system: You are a helpful assistant.
user:
Analyze the provided spectrum to determine if it is a **M-type Giant (gM)**.

A M-type Giant spectrum is defined by its **strong molecular absorption** features, particularly from **Titanium Oxide (TiO)**. You must check for one of the following mutually exclusive signatures:

- **Key Visual Indicators (Absorption-Dominated Spectrum):**

    - **(Primary):** The spectrum is dominated by strong molecular absorption from **Titanium Oxide (TiO)**. This is the **defining feature** of its M-type temperature class.
        - **(Key Bandheads):** Look for sharp, "saw-tooth" absorption valleys. The strongest are located near **~7050 Å**, **~6160 Å**, and **~5170 Å**.
        - **(Line Profile):** The "saw-tooth" morphology is critical: a **sharp, steep drop on the BLUE (short-wavelength) side** of the bandhead, followed by a gradual recovery (rising flux) towards the RED (long-wavelength) side.

    - **(Key Confirmation - Giant vs. Dwarf):** **ABSENCE** of strong **Calcium Hydride (CaH)** molecular bands. This is the primary diagnostic for *excluding* M-dwarfs.
        - **(Key Region):** The spectrum should lack the strong, broad absorption band seen in dwarfs between **~6800 Å and ~7000 Å**.

    - **(Secondary Confirmation - Giant):** A very strong and broad **Neutral Calcium (Ca I)** atomic absorption line.
        - **(Key Line):** Located at **~4226 Å**. In a giant (gM), this line is significantly deeper and broader than the same line in an M-dwarf (dM) due to low surface gravity.

    - **(Overall Spectrum):**
        - The continuum is **extremely red-sloping** (i.e., flux is very low in the blue and rises dramatically towards the red).
        - The entire spectrum appears "chopped up" by the deep TiO bands.

Think first, call **spectral_visualization_tool** if needed to examine features in detail, then provide your final answer. Your response must adhere to the following strict rules:
1.  **Overall Structure:** Your response must follow the format `<think>...</think> <tool_call>...</tool_call> (if a tool is used) <answer>...</answer>`.
2.  **Tool Usage Constraint:** You may only make **one** tool call per turn.
3.  **Final Answer Format:** In the `<answer>` tag, your conclusion must be inside a `\boxed{}` command (e.g., `\boxed{YES}` or `\boxed{NO}`), followed by your justification.

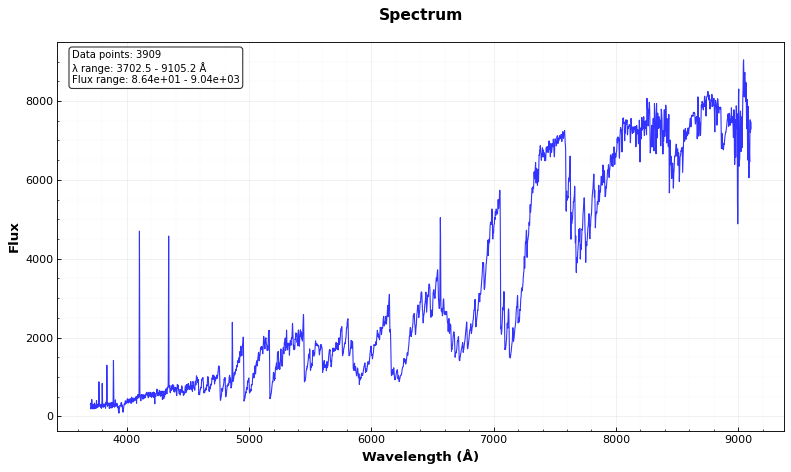
Answer: YES